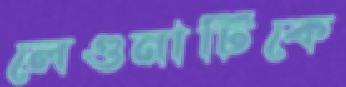
লেগুনাটিকে